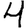
Digit: 4